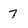
Character: 7